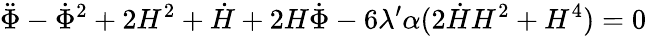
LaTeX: \ddot{\Phi}-\dot{\Phi}^{2}+2H^{2}+\dot{H}+2H\dot{\Phi}-6\lambda^{\prime}\alpha(2\dot{H}H^{2}+H^{4})=0